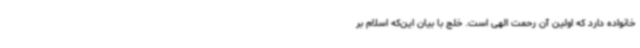
خانواده دارد که اولین آن رحمت الهی است. خلج با بیان این‌که اسلام بر